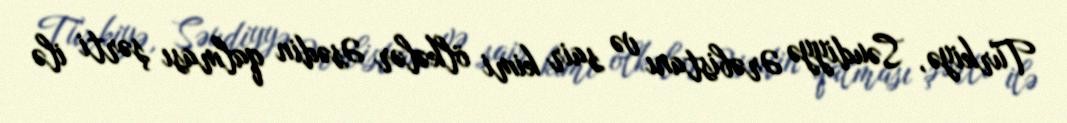
Türkiyə, Səudiyyə Ərəbistanı və sair kimi ölkələr Əsədin qalması şərti ilə